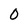
Character: 0